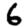
Digit: 6